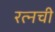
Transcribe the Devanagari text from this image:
रत्‍नची